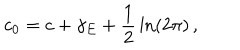
LaTeX: c _ { 0 } = c + \gamma _ { E } + \frac { 1 } { 2 } \, \ln ( 2 \pi ) \, ,